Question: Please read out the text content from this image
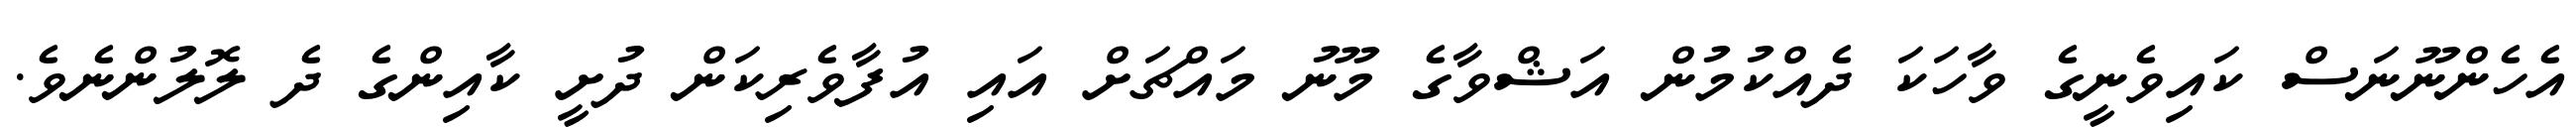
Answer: އެހެންނޫނަސް ކައިވެނީގެ ވާހަކަ ދެއްކުމުން އަޝްވާގެ މޫނު މައްޗަށް އައި އުފާވެރިކަން ދުށީ ކާއިންގެ ދެ ލޮލުންނެވެ.